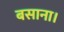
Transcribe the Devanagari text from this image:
बसाना।